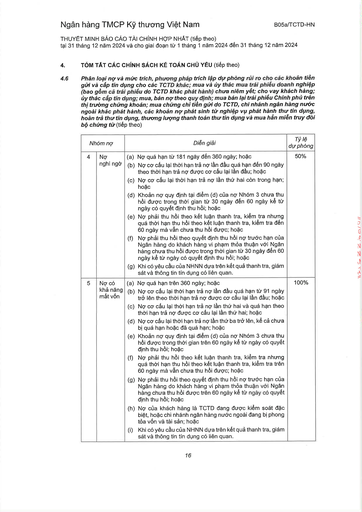
||Nhóm nợ|Diễn giải|Tỷ lệ dự phòng| |---|---|---|---| |4|Nợ nghi ngờ|(a) Nợ quá hạn từ 181 ngày đến 360 ngày; hoặc (b) Nợ có cơ cấu lại thời hạn trả nợ lần đầu quá hạn đến 90 ngày theo thời hạn trả nợ được cơ cấu lại lần đầu; hoặc (c) Nợ có cơ cấu lại thời hạn trả nợ lần thứ hai còn trong hạn; hoặc (d) Khoản nợ quy định tại điểm (d) của nợ Nhóm 3 chưa thu hồi được trong thời gian từ 30 ngày đến 60 ngày kể từ ngày có quyết định thu hồi; hoặc (e) Nợ phải thu hồi theo kết luận thanh tra, kiểm tra nhưng quá thời hạn thu hồi theo kết luận thanh tra, kiểm tra đến 60 ngày mà vẫn chưa thu hồi được; hoặc (f) Nợ phải thu hồi theo quyết định thu hồi nợ trước hạn của Ngân hàng do khách hàng vi phạm thỏa thuận với Ngân hàng chưa thu hồi được trong thời gian từ 30 ngày đến 60 ngày kể từ ngày có quyết định thu hồi; hoặc (g) Khi có yêu cầu của NHNN dựa trên kết quả thanh tra, giám sát và thông tin tín dụng có liên quan.|50%| |5|Nợ có khả năng mất vốn|(a) Nợ quá hạn trên 360 ngày; hoặc (b) Nợ có cơ cấu lại thời hạn trả nợ lần đầu quá hạn từ 91 ngày trở lên theo thời hạn trả nợ được cơ cấu lại lần đầu; hoặc (c) Nợ có cơ cấu lại thời hạn trả nợ lần thứ hai và quá hạn theo thời hạn trả nợ được cơ cấu lại lần thứ hai; hoặc (d) Nợ có cơ cấu lại thời hạn trả nợ lần thứ ba trở lên, kể cả chưa bị quá hạn hoặc đã quá hạn; hoặc (e) Khoản nợ quy định tại điểm (d) của nợ Nhóm 3 chưa thu hồi được trong thời gian trên 60 ngày kể từ ngày có quyết định thu hồi; hoặc (f) Nợ phải thu hồi theo kết luận thanh tra, kiểm tra nhưng quá thời hạn thu hồi theo kết luận thanh tra, kiểm tra trên 60 ngày mà vẫn chưa thu hồi được; hoặc (g) Nợ phải thu hồi theo quyết định thu hồi nợ trước hạn của Ngân hàng do khách hàng vi phạm thỏa thuận với Ngân hàng chưa thu hồi được trên 60 ngày kể từ ngày có quyết định thu hồi; hoặc (h) Nợ của khách hàng là TCTD đang được kiểm soát đặc biệt, hoặc chi nhánh ngân hàng nước ngoài đang bị phong tỏa vốn và tài sản; hoặc (i) Khi có yêu cầu của NHNN dựa trên kết quả thanh tra, giám sát và thông tin tín dụng có liên quan.|100%|